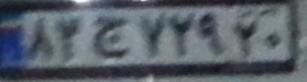
۸۳ج۷۲۹۲۰